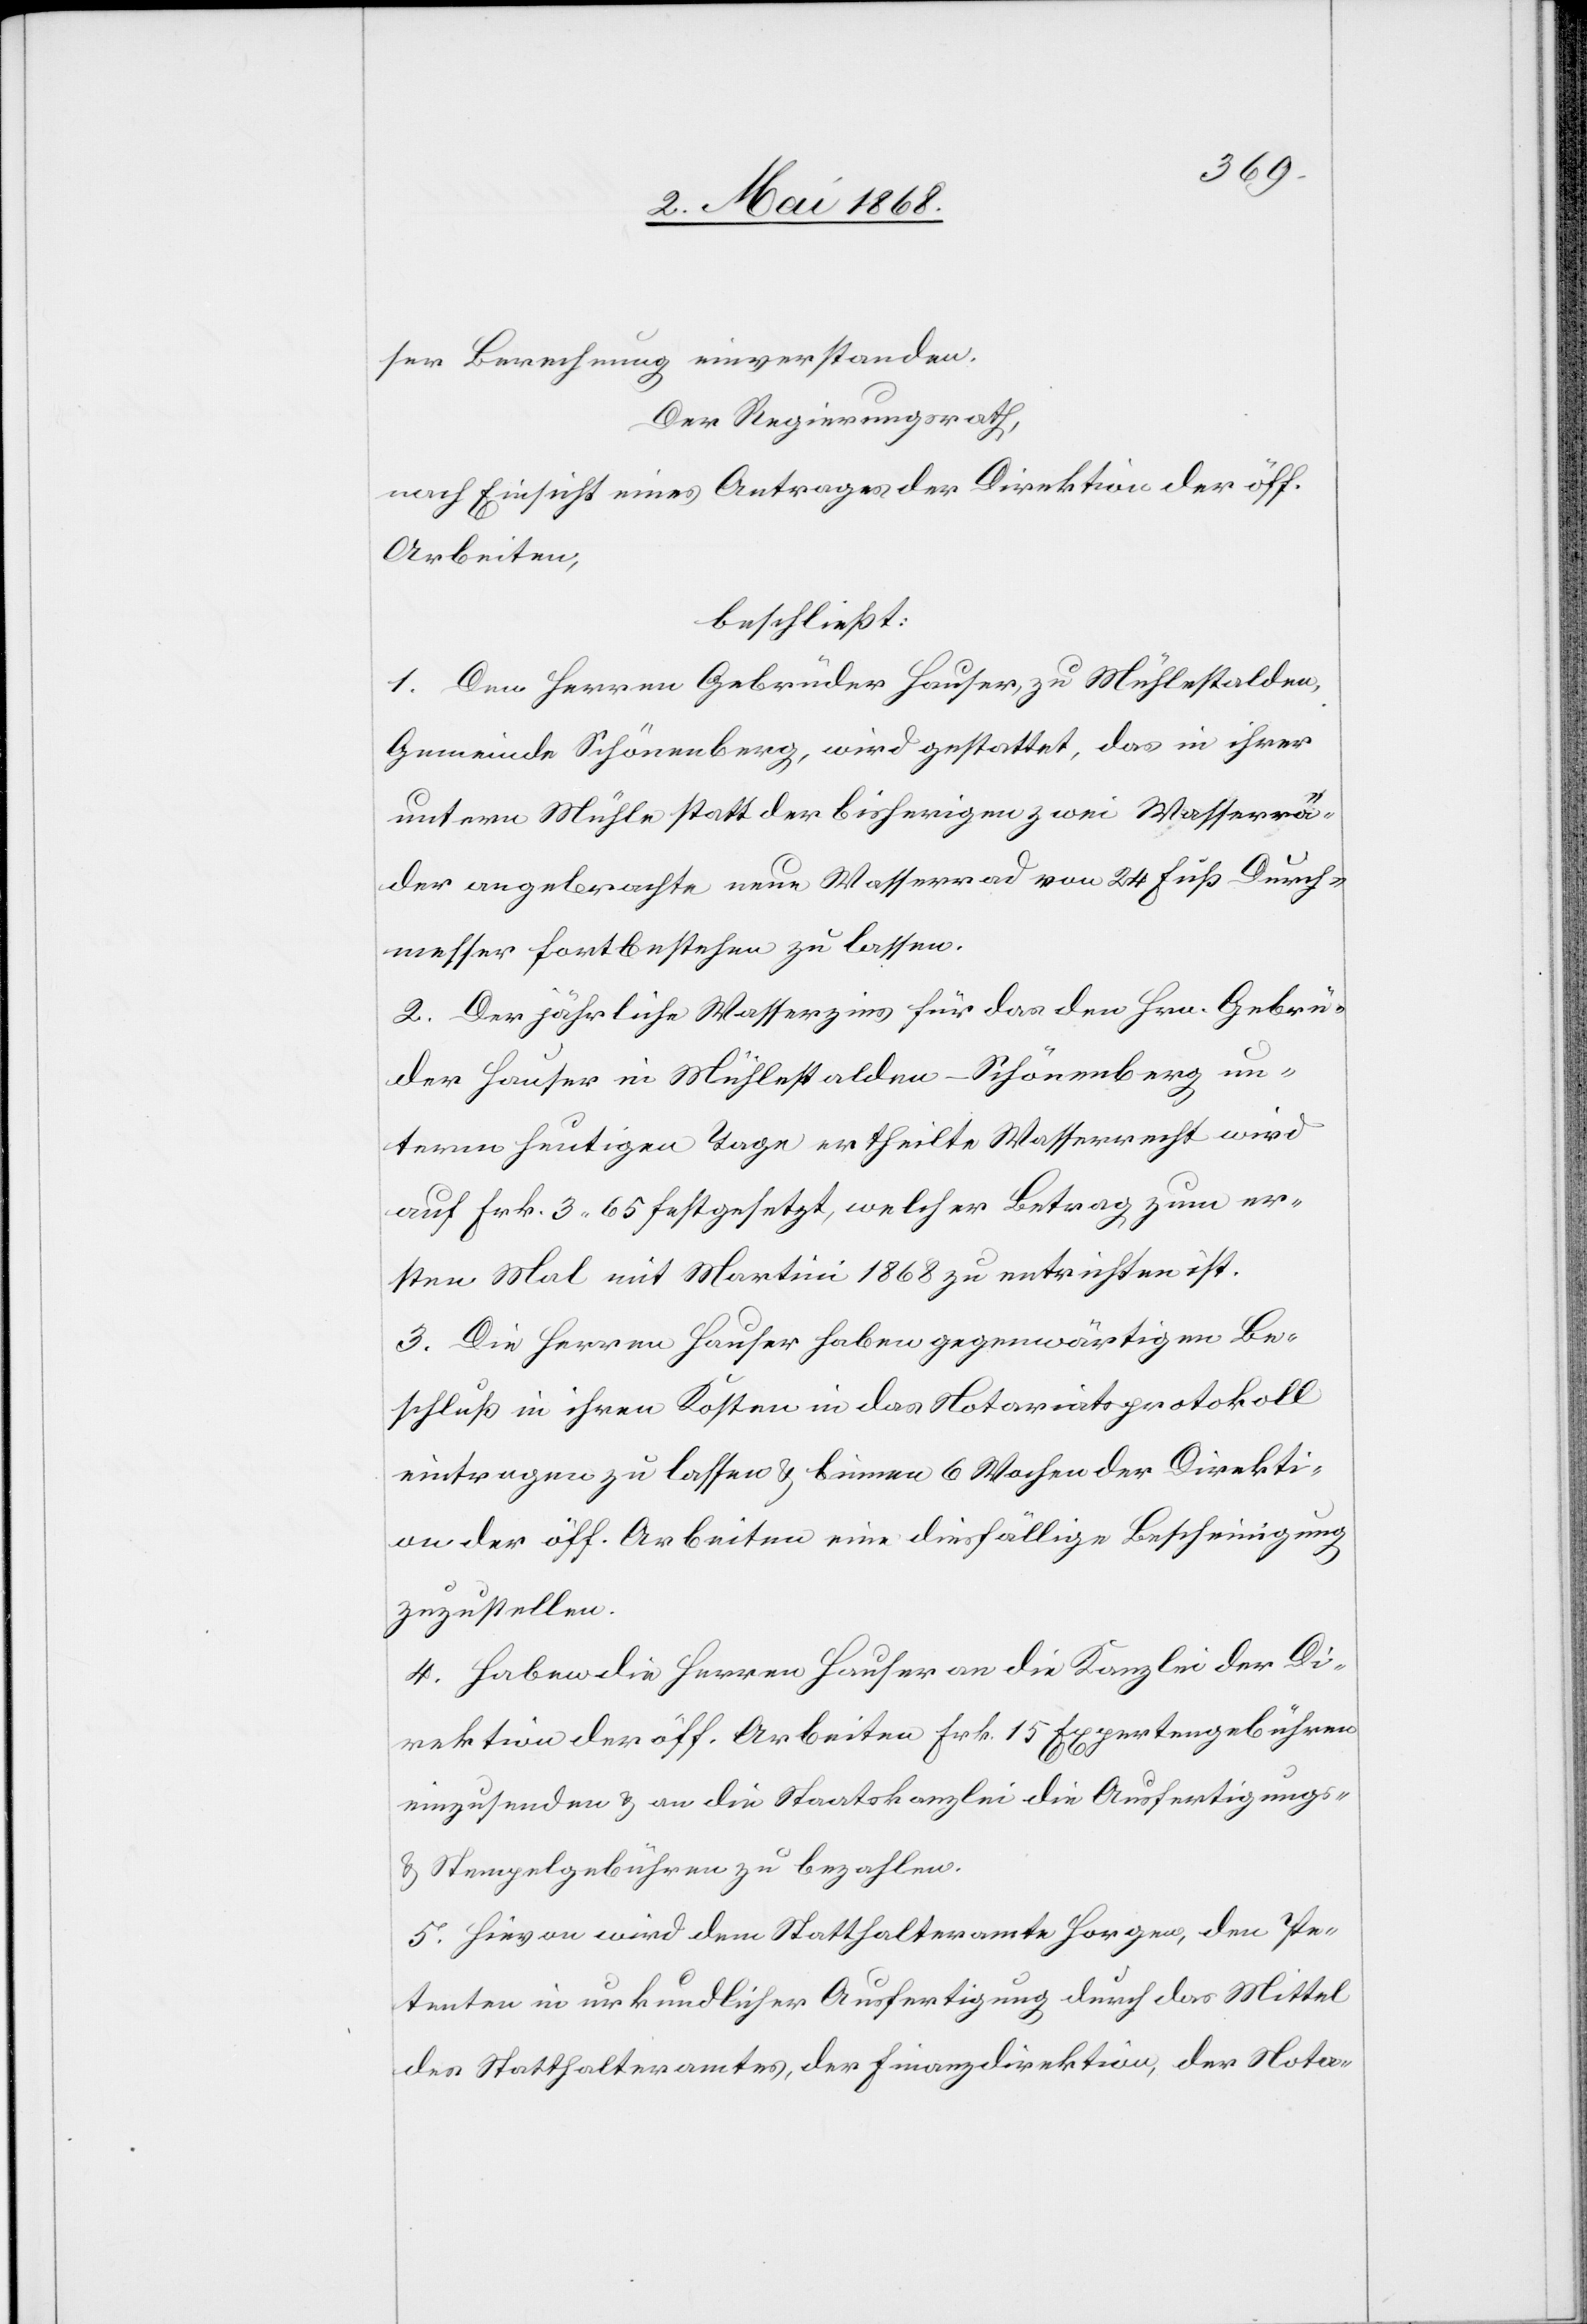
15,61.
Der Regierungsrath
nach Einsicht eines Antrages der Direktion der öff.
Arbeiten,
beschließt:
I. Der jährliche Wasserzins für das dem Hrn. Trüb
auf Frk. 3. 90 festgesetzt, welcher Betrag jeweilen
ersten Mal mit Martini 1868 zu bezahlen ist.